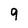
Character: 9